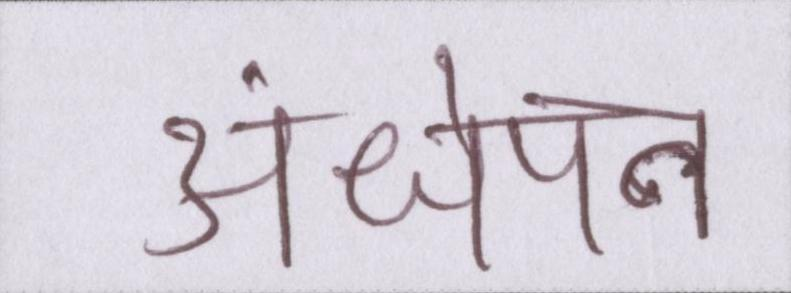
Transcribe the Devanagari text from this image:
अंधेपन